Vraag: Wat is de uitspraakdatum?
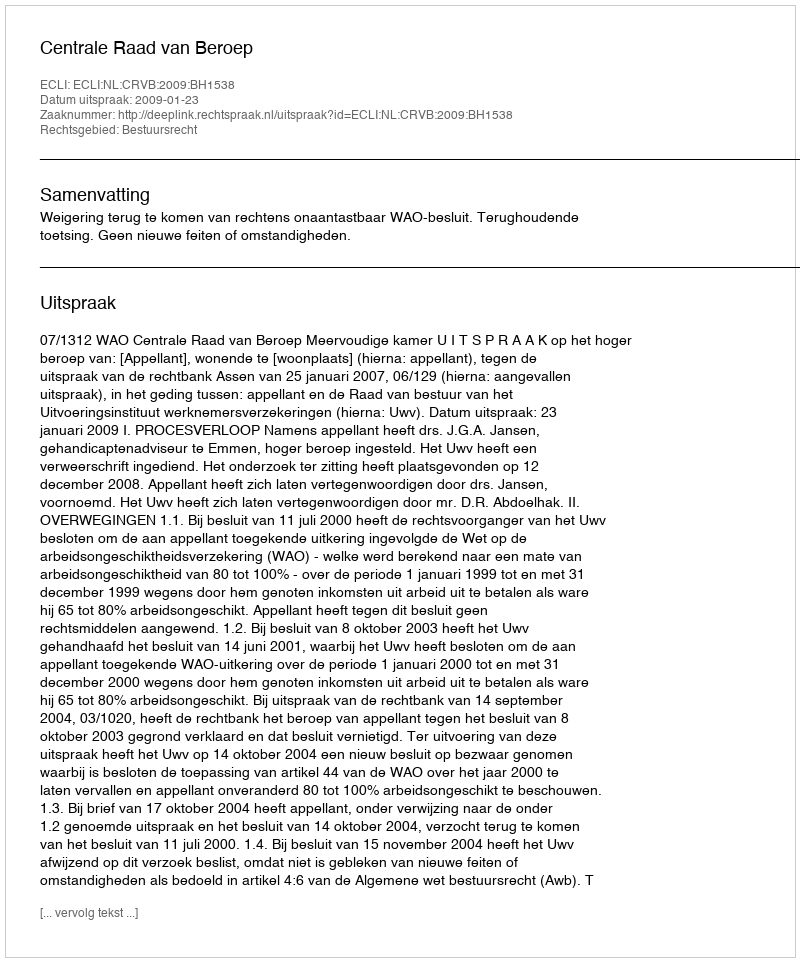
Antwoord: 2009-01-23